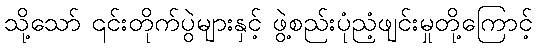
သို့သော် ၎င်းတိုက်ပွဲများနှင့် ဖွဲ့စည်းပုံညံ့ဖျင်းမှုတို့ကြောင့်